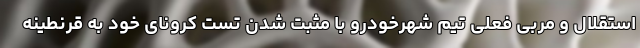
استقلال و مربی فعلی تیم شهرخودرو با مثبت شدن تست کرونای خود به قرنطینه